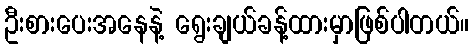
ဦးစားပေးအနေနဲ့ ရွေးချယ်ခန့်ထားမှာဖြစ်ပါတယ်။